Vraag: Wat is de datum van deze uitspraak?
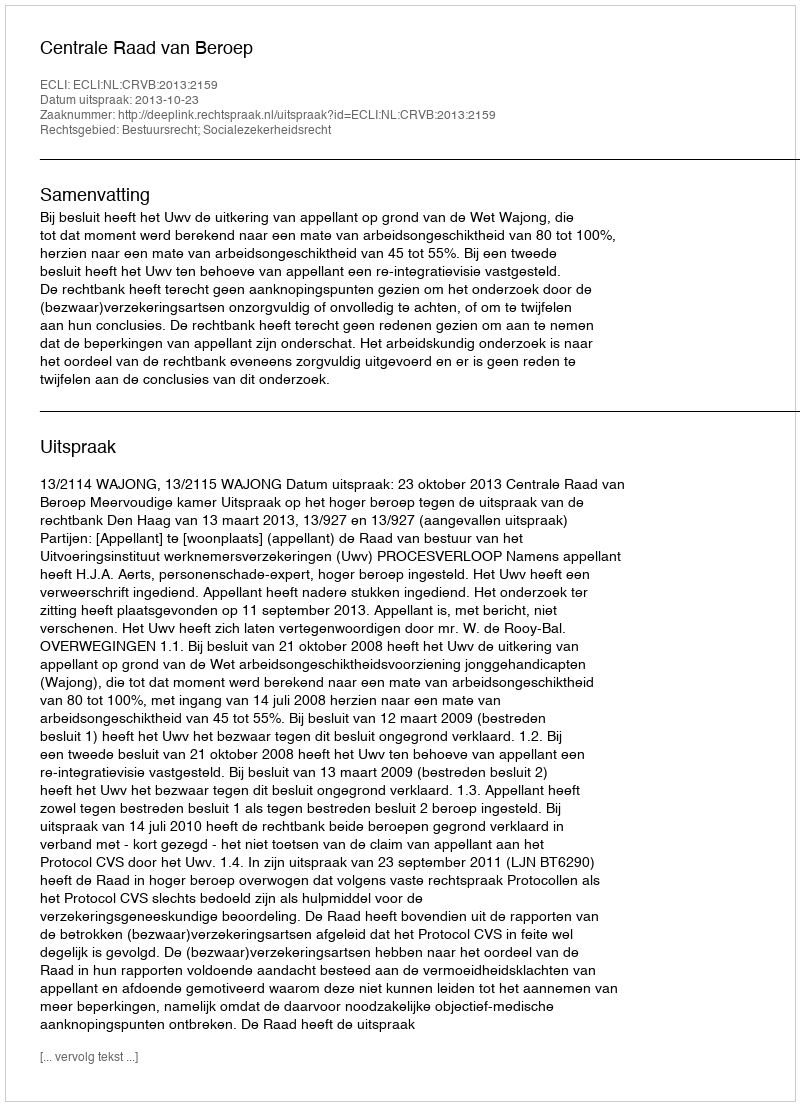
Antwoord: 2013-10-23